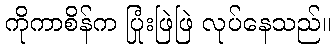
ကိုကာစိန်က ပြုံးဖြဲဖြဲ လုပ်နေသည်။